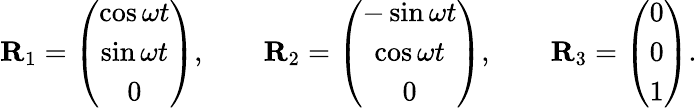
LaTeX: \begin{array}{r}{{\mathbf R}_{1}=\left(\begin{array}{c}{\cos\omega t}\\ {\sin\omega t}\\ {0}\end{array}\right),\qquad{\mathbf R}_{2}=\left(\begin{array}{c}{-\sin\omega t}\\ {\cos\omega t}\\ {0}\end{array}\right),\qquad{\mathbf R}_{3}=\left(\begin{array}{c}{0}\\ {0}\\ {1}\end{array}\right).}\end{array}